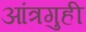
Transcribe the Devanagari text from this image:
आंत्रगुही